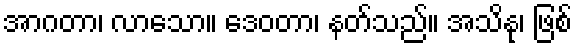
အာဂတာ၊ လာသော။ ဒေဝတာ၊ နတ်သည်။ အသိနု၊ ဖြစ်